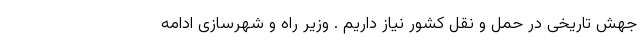
جهش تاریخی در حمل و نقل کشور نیاز داریم . وزیر راه و شهرسازی ادامه